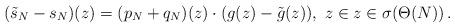
LaTeX: \begin{align*} (\tilde s_N -s_N)(z) = (p_N + q_N) (z)\cdot (g(z)-\tilde g(z)), \ z \in z \in \sigma(\Theta(N)) \,. \end{align*}